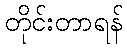
တိုင်းတာရန်